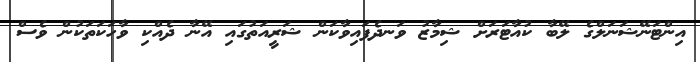
އިންޓަނޭޝަނަލްގެ ލޭބާ ކުއާޓަރަށް ޝިމާޒު ވަނދެފައިވާކަން ޝަރީއަތުގައި އޭނާ ދެއްކި ވާހަކަތަކުން ވެސް